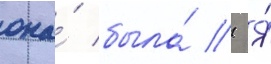
она́ была́ // Я́